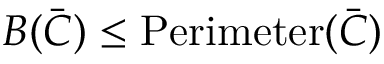
B ( { \bar { C } } ) \leq \operatorname { P e r i m e t e r } ( { \bar { C } } )